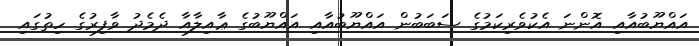
އައްޔޫބުއާއި އޮންނަ އެކުވެރިކަމުގެ ސަބަބުން އައްޔޫބުއާއި އައްޔޫބުގެ ޢާއިލާއާ ދެމެދު ވާފިރުގެ ހިތުގައި